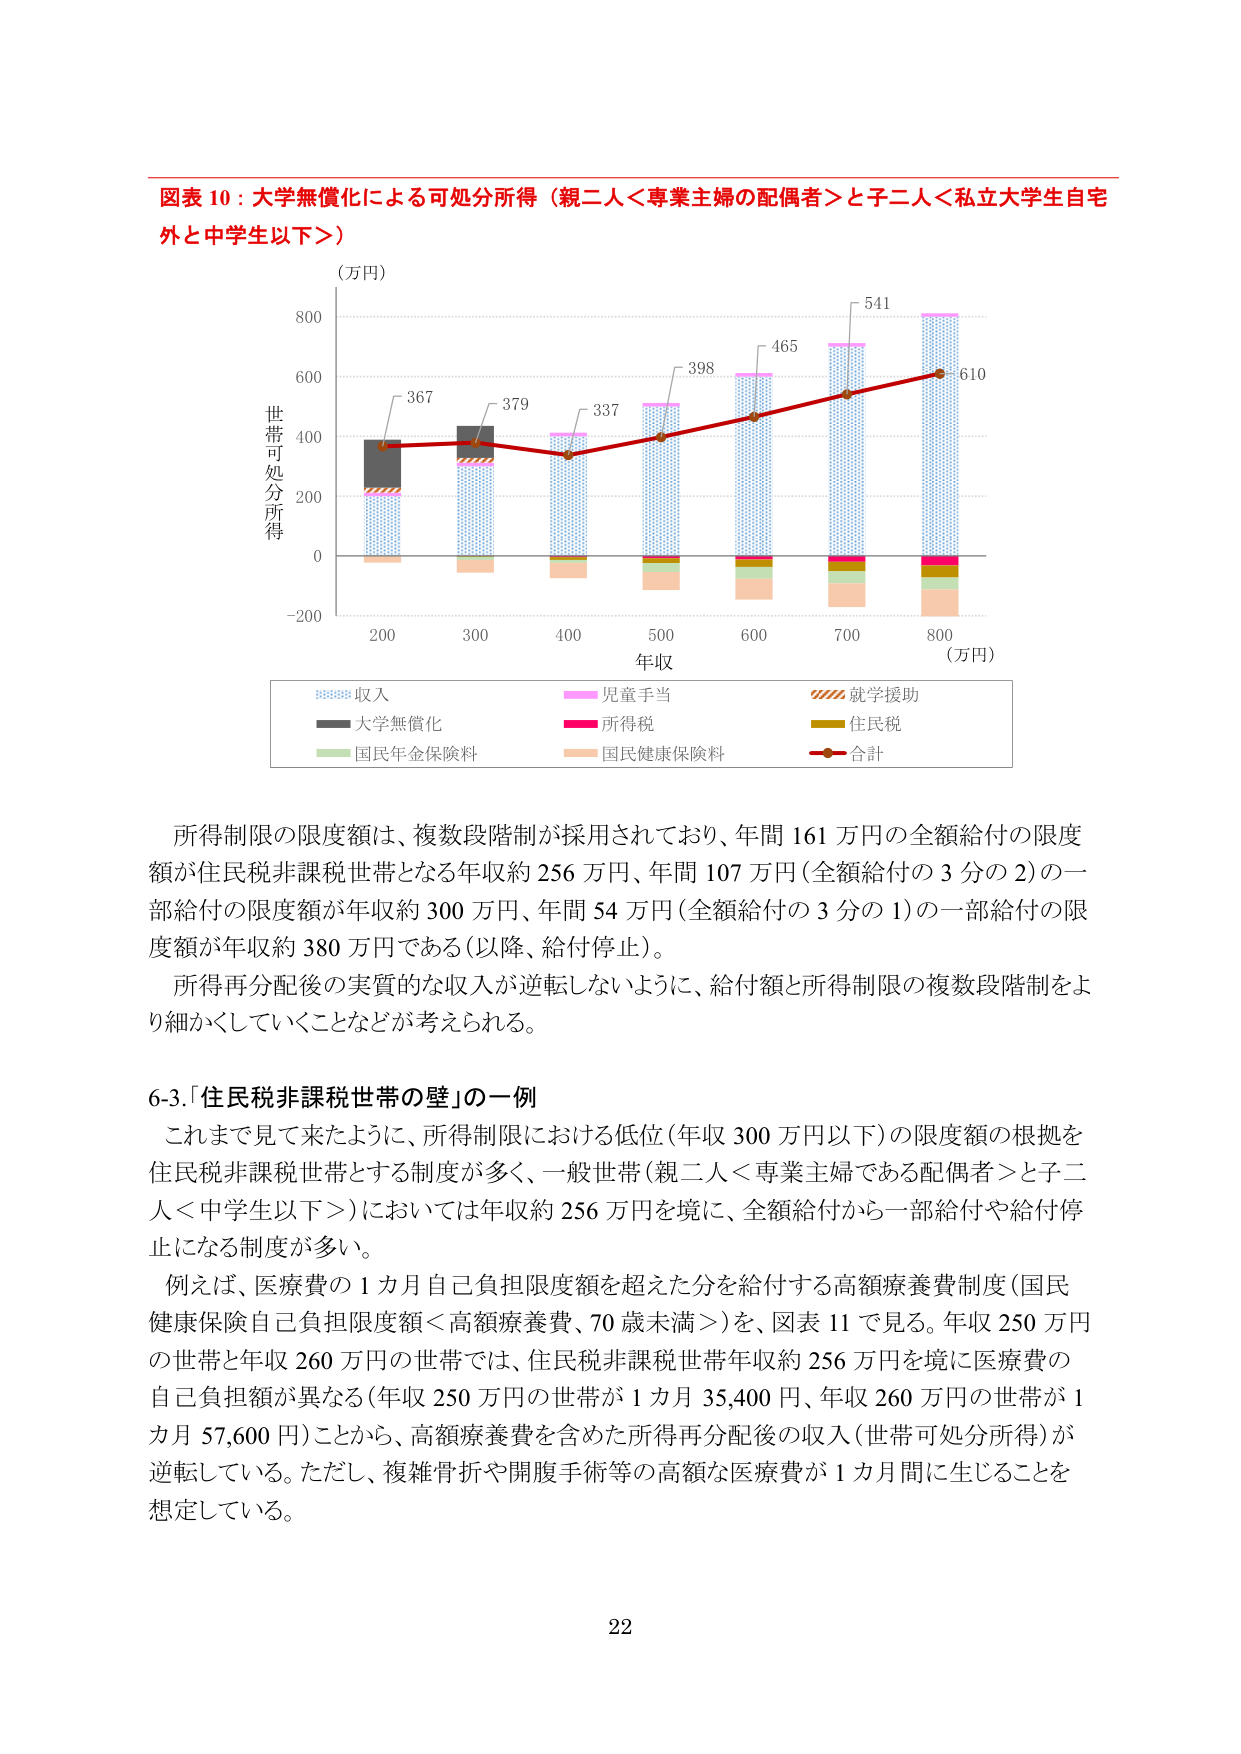
図表 10：大学無償化による可処分所得（親二人＜専業主婦の配偶者＞と子二人＜私立大学生自宅外と中学生以下＞）

(万円)

世帯可処分所得

800

600

400

200

0

-200

200 300 400 500 600 700 800

年収

(万円)

367

379

337

398

465

541

610

収入

児童手当

就学援助

大学無償化

所得税

住民税

国民年金保険料

国民健康保険料

合計

所得制限の限度額は、複数段階制が採用されており、年間 161 万円の全額給付の限度額が住民税非課税世帯となる年収約 256 万円、年間 107 万円（全額給付の 3 分の 2）の一部給付の限度額が年収約 300 万円、年間 54 万円（全額給付の 3 分の 1）の一部給付の限度額が年収約 380 万円である（以降、給付停止）。

所得再分配後の実質的な収入が逆転しないように、給付額と所得制限の複数段階制をより細かくしていくことなどが考えられる。

6-3.「住民税非課税世帯の壁」の一例

これまで見て来たように、所得制限における低位（年収 300 万円以下）の限度額の根拠を住民税非課税世帯とする制度が多く、一般世帯（親二人＜専業主婦である配偶者＞と子二人＜中学生以下＞）においては年収約 256 万円を境に、全額給付から一部給付や給付停止になる制度が多い。

例えば、医療費の 1 カ月自己負担限度額を超えた分を給付する高額療養費制度（国民健康保険自己負担限度額＜高額療養費、70 歳未満＞）を、図表 11 で見る。年収 250 万円の世帯と年収 260 万円の世帯では、住民税非課税世帯年収約 256 万円を境に医療費の自己負担額が異なる（年収 250 万円の世帯が 1 カ月 35,400 円、年収 260 万円の世帯が 1 カ月 57,600 円）ことから、高額療養費を含めた所得再分配後の収入（世帯可処分所得）が逆転している。ただし、複雑骨折や開腹手術等の高額な医療費が 1 カ月間に生じることを想定している。

22